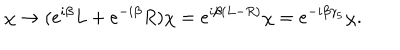
\chi \to ( e ^ { i \beta } L + e ^ { - i \beta } R ) \chi = e ^ { i \beta ( L - R ) } \chi = e ^ { - i \beta \gamma _ { 5 } } \chi .